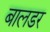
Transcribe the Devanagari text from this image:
बालडर